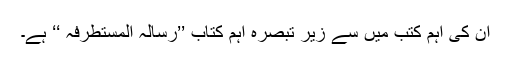
ان کی اہم کتب میں سے زیر تبصرہ اہم کتاب ’’رسالہ المستطرفہ ‘‘ ہے۔